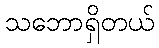
သဘောရှိတယ်